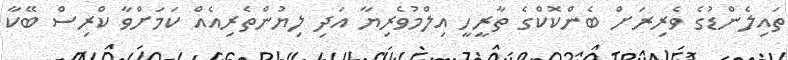
ތައިލެންޑުގެ ވެރިރަށް ބެންކޮކްގެ ތާރީހީ އިލްމުވެރިޔާ އަދި ލިޔުންތެރިއެއް ކަމަށްވާ ކްރިސް ބޭކާ